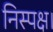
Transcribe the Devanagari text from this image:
निस्पक्ष।